Scottish Leaving Certificate Examination, 1960
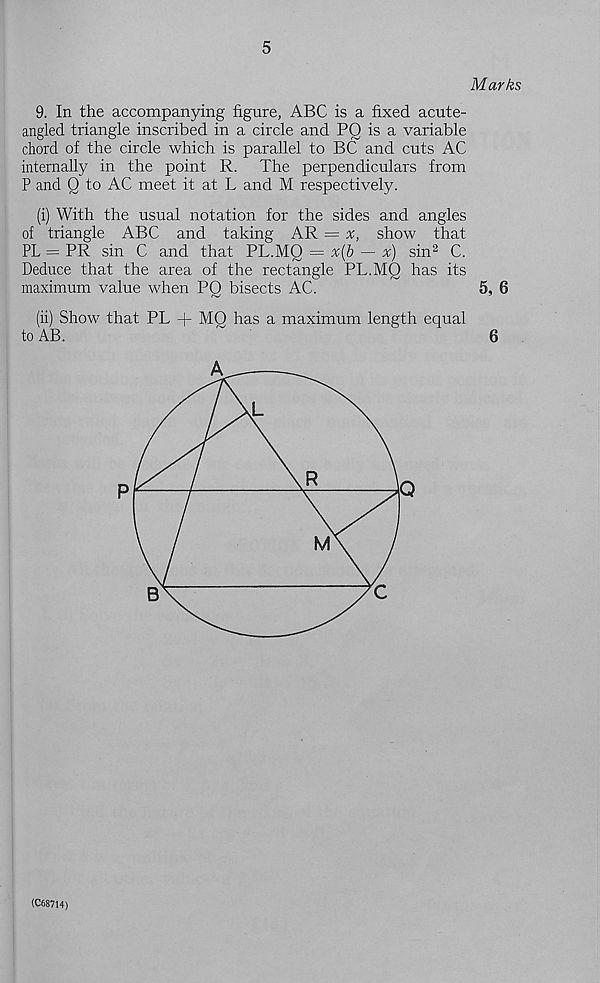
5
Marks
9. In the accompanying figure, ABC is a fixed acute-
angled triangle inscribed in a circle and PQ is a variable
chord of the circle which is parallel to BC and cuts AC
internally in the point R. The perpendiculars from
P and Q to AC meet it at L and M respectively.
(i) With the usual notation for the sides and angles
of triangle ABC and taking AR = x, show that
PL ~ PR sin C and that PL.MQ = x(b — x) sin 2 C.
Deduce that the area of the rectangle PL.MQ has its
maximum value when PQ bisects AC.
5, 6
(ii) Show that PL + MQ has a maximum length equal
to AB.
6
(C68714)